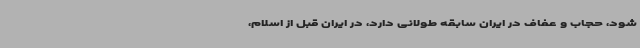
شود، حجاب و عفاف در ایران سابقه طولانی دارد، در ایران قبل از اسلام،